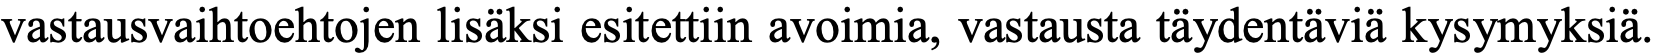
vastausvaihtoehtojen lisäksi esitettiin avoimia, vastausta täydentäviä kysymyksiä.